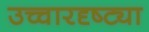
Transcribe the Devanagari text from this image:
उच्चारदृष्ट्या